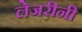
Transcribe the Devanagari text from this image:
लेजरीनी